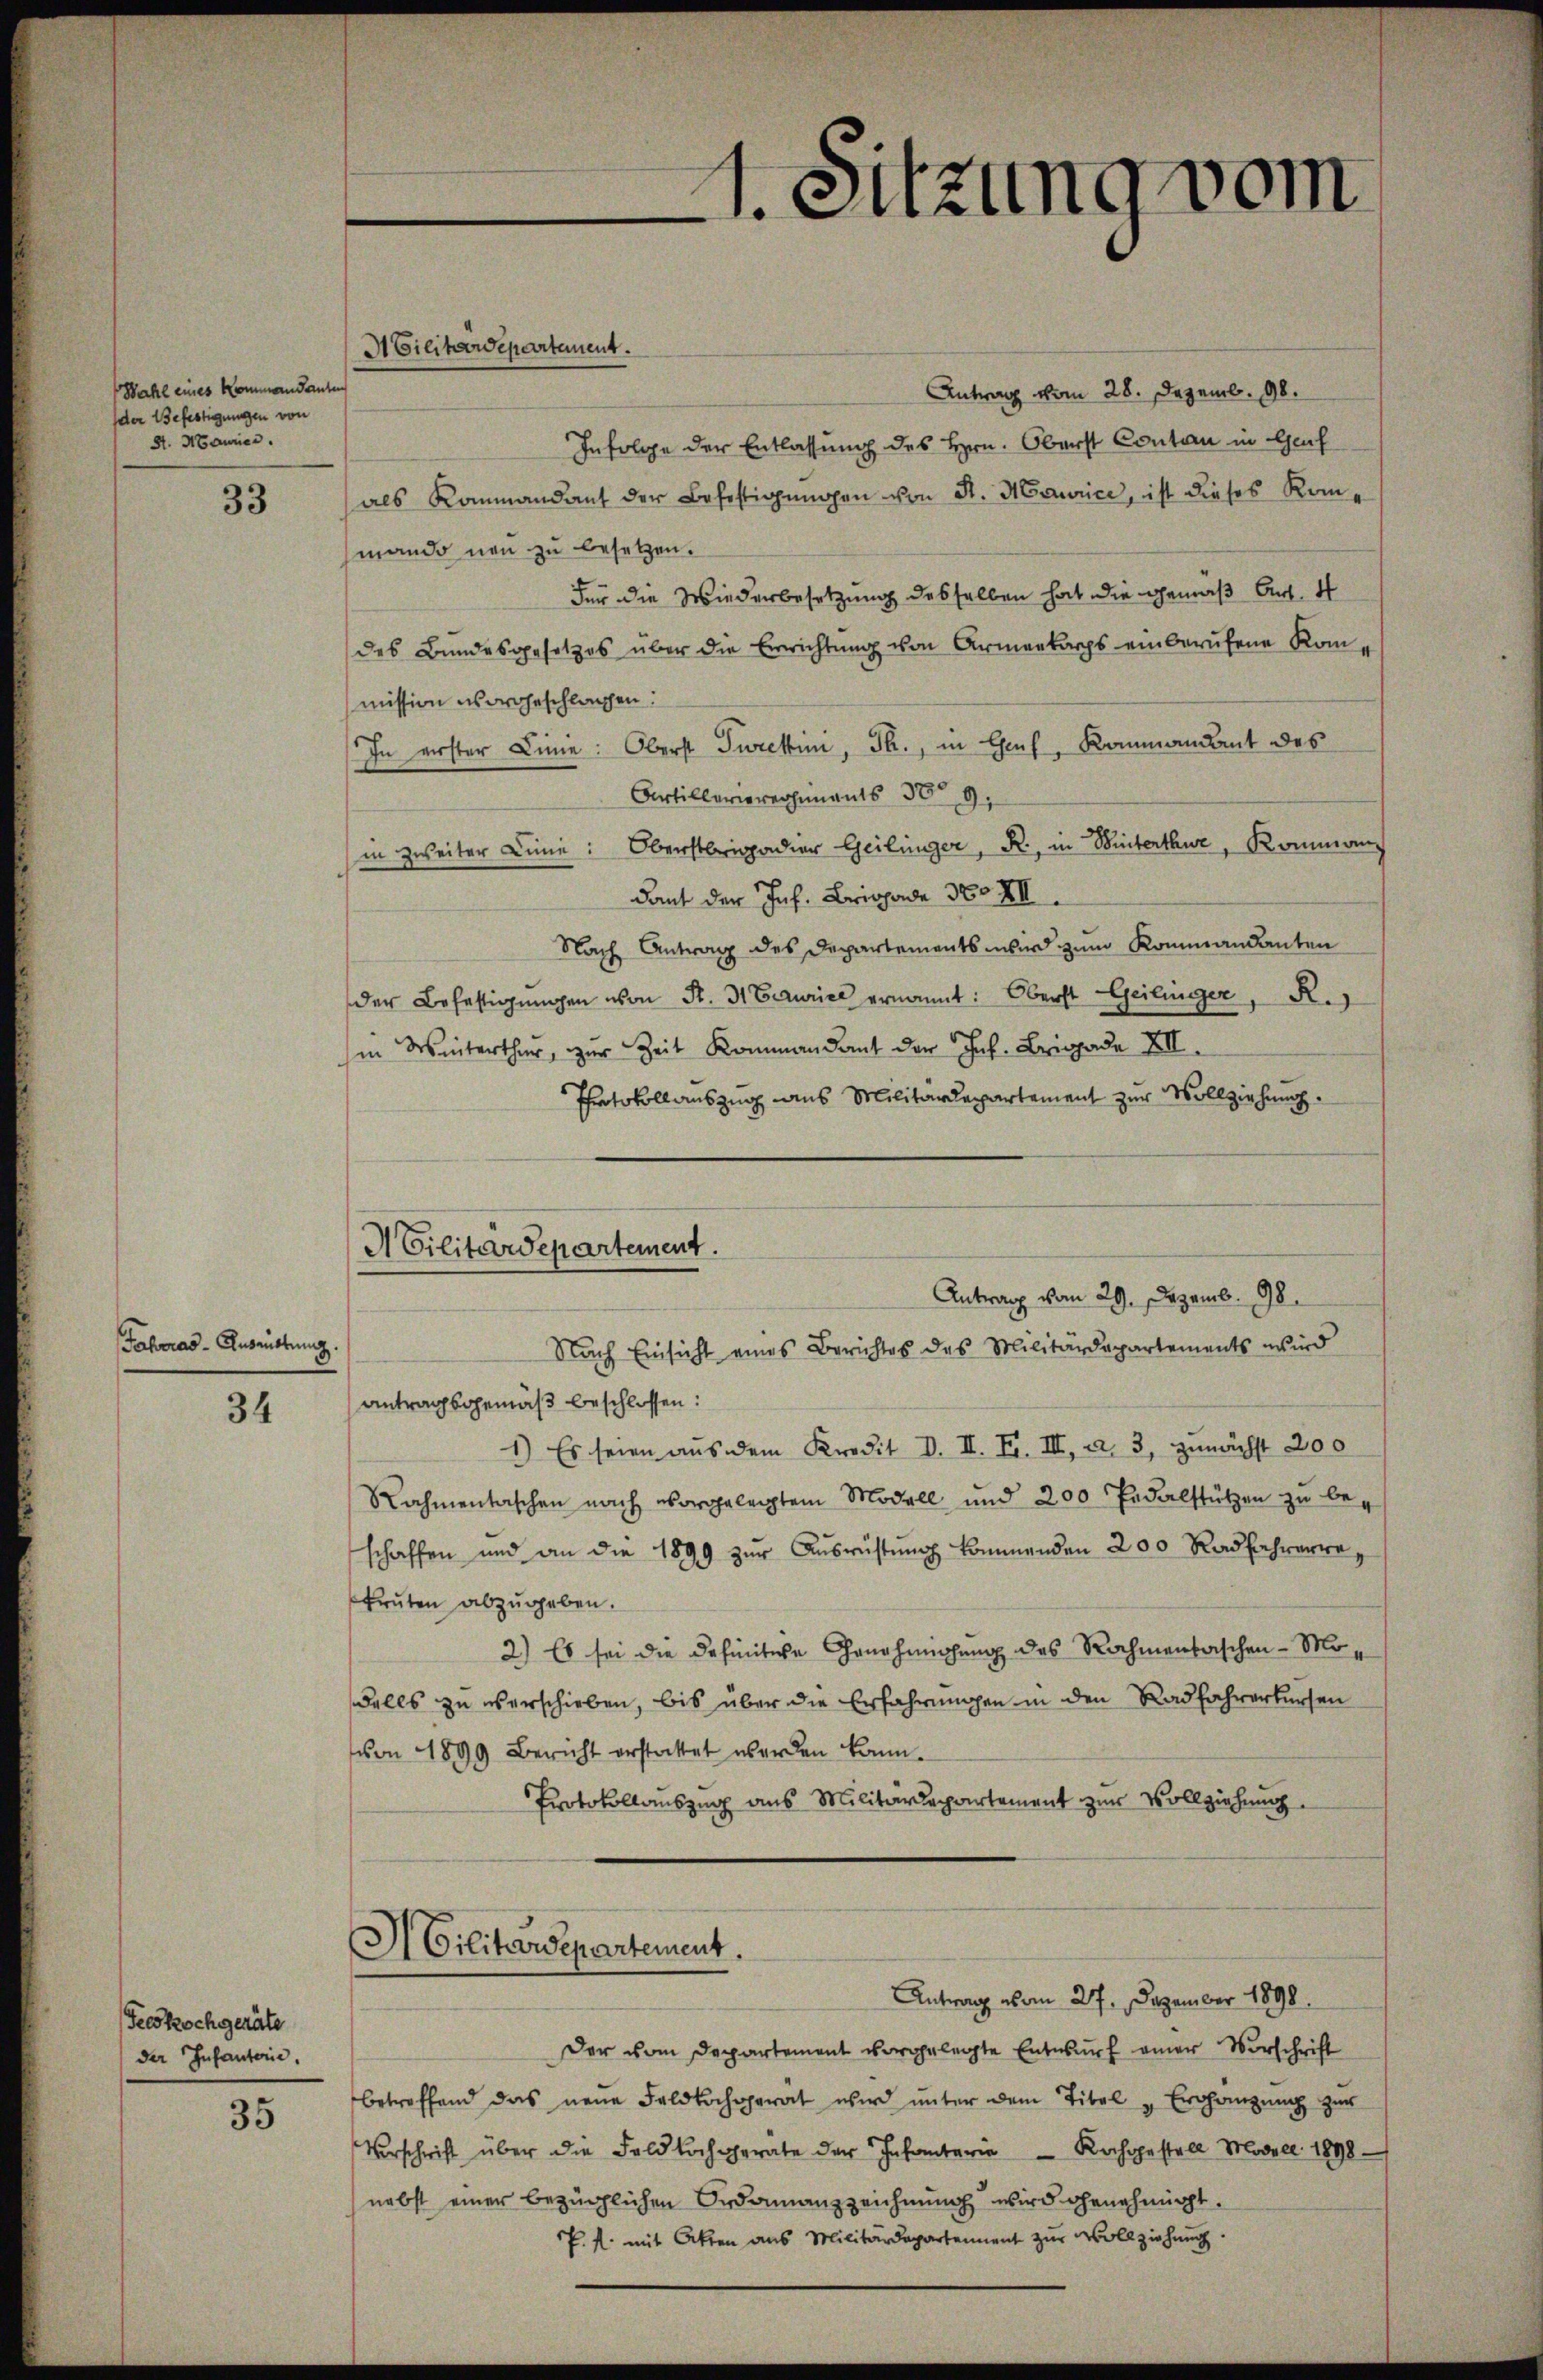
Wahl eines Kommandanten
der Befestigungen von
St. Maurier.

33

Fahrras - Ausrüstung

34

Feeskochgeräte
der Infanterie.

35

A Cilitärdepartanent.

Antrag vom 28. Dezemb. 98.
Infolge der Entlassung des Hrn. Oberst Contan in Genf
als Rammandant der Befestigungen von St. Maurice, ist dieses Kommando neu zu besetzen.
Für die Wiederbesetzung desselben hat die Gemäß Art. 4
des Bundesgesetzes über die Errichtung von Armenkorps einberufene Kommission sorgeschlagen:
In erster Linie: Oberst Turckini, Th., in Genf, Kommandant des
Artillerierersements 389,
in zweiter Linie: Oberstrigadier Geilinger, R. in Winterthur, Komman
dant der Jnf. Brigade 300 XII.
Nach Antrag des Departements wird zum Kommandanten
der Befestigŭngen von S. 31 Verurie ernannt: Oberst Geilinger, R.
sen Winterthur, zur Zeit Kommandant der Jnf. Brigade XII
Protokollauszug aus Militärdepartement zur Vollziehung.
Antragsgemäß beschlossen:
1) Es seien aus dem Kredit d. II. F. III, a. 3, zunächst 200
Rahmentaschen nach vorgelegten Modell und 200 Pedalstützen zŭ be-
schaffen und an die 1899 zŭr Aŭsrüstung kommenden 200 Radfahrere,
brüten abzugeben.
2) Es sei die definitive Genehmigung des Rahmentaschen - Mo¬
Falls zu verschieben, bis über die Erfahrungen in den Radfahrerkursen
von 1899 Bericht erstattet werden kann.
Protokollauszug aus Militärdepartement zur Vollziehung
H Cilitärdepartement.
Antrag vom 27. Dezember 1890.
Der vom Departement vorgelegte Entwurf einer Vorschrift
betreffend das neue Feldkochgerat wird ŭnter dem Titel "Ergänzŭng zŭr
Vorschrift über die Feldbachgerate der Infanterie Rachgestell Modell 1898
nebst einer bezüglichen Ordonanzzeichnung wird genehmigt.
P. f. mit Akten aus Militärdepartement zŭr Vollziehung.

ACilitärdepartement.
Antrag vom 29. Dezemb. 98.
Nach Einsicht eines Berichtes des Militärdepartements wird

1. Sitzung vom